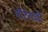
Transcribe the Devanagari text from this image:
कौठेवाडी